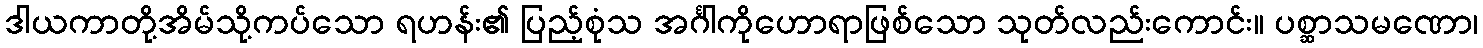
ဒါယကာတို့အိမ်သို့ကပ်သော ရဟန်း၏ ပြည့်စုံသ အင်္ဂါကိုဟောရာဖြစ်သော သုတ်လည်းကောင်း။ ပစ္ဆာသမဏော၊